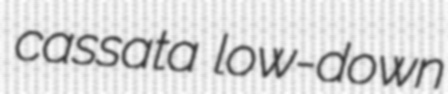
cassata low-down